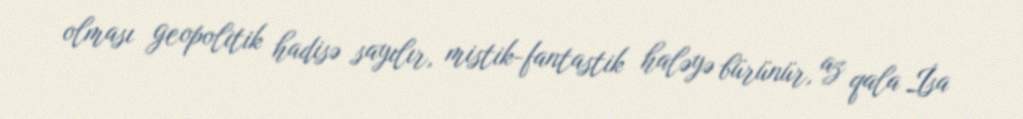
olması geopolitik hadisə sayılır, mistik-fantastik haləyə bürünür, az qala İsa